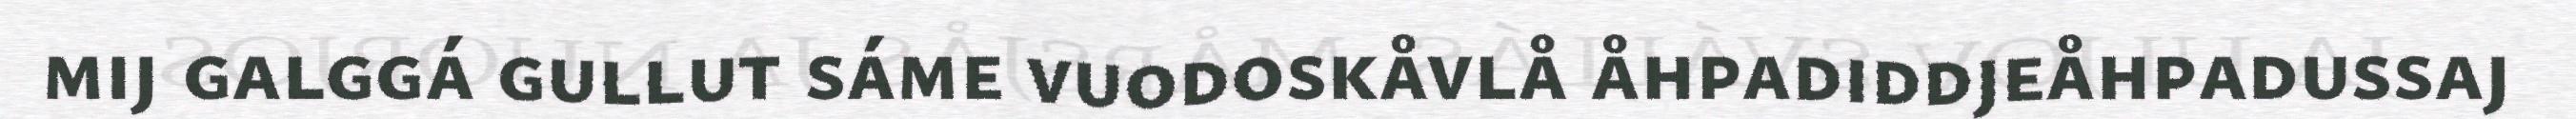
mij galggá gullut sáme vuodoskåvlå åhpadiddjeåhpadussaj